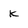
Character: K